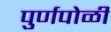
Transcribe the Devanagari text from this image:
पुर्णपोळी